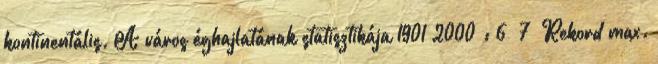
kontinentális. A város éghajlatának statisztikája 1901–2000 : 6 7 Rekord max.